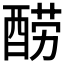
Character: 𰼋